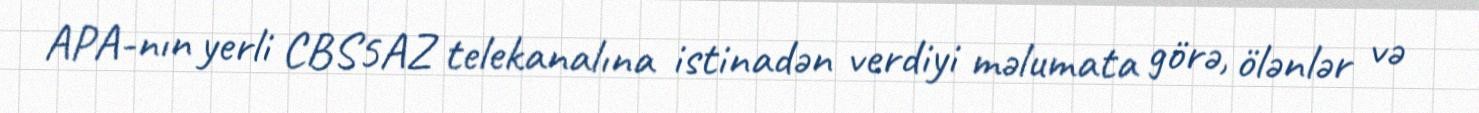
APA-nın yerli CBS5AZ telekanalına istinadən verdiyi məlumata görə, ölənlər və